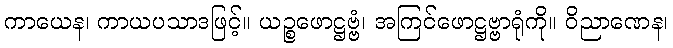
ကာယေန၊ ကာယပသာဒဖြင့်။ ယဉ္စဖောဋ္ဌဗ္ဗံ၊ အကြင်ဖောဋ္ဌဗ္ဗာရုံကို။ ဝိညာဏေန၊